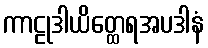
ကာဠုဒါယိတ္ထေရအပဒါနံ